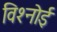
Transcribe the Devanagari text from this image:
विश्‍नोई